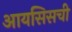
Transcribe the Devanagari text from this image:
आयसिसची